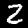
Digit: 2